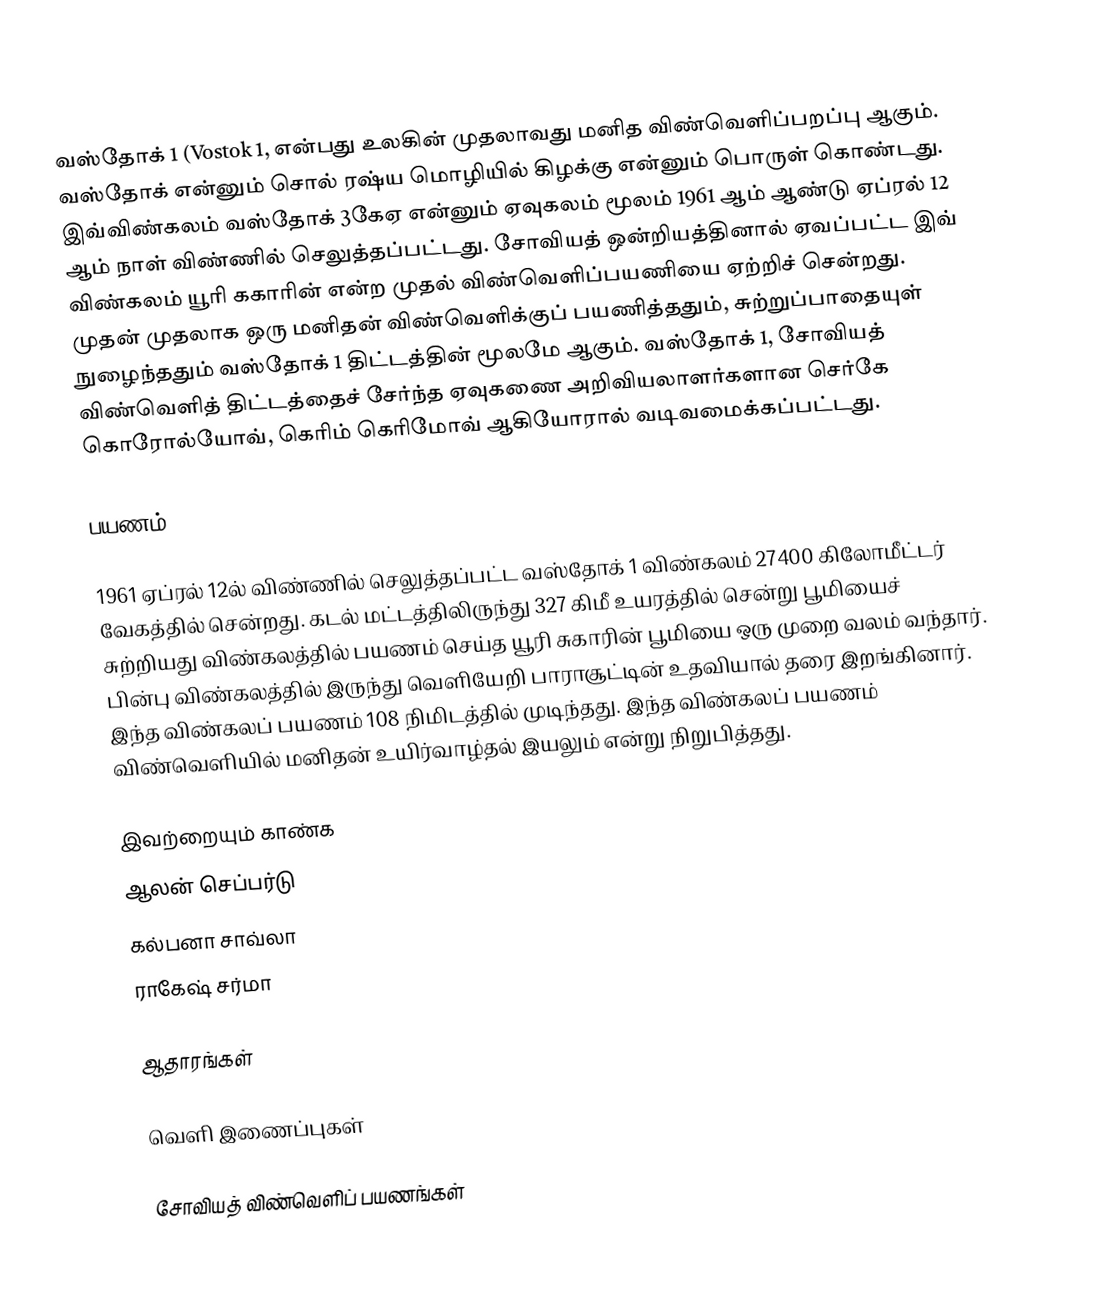
வஸ்தோக் 1 (Vostok 1,  என்பது உலகின் முதலாவது மனித விண்வெளிப்பறப்பு ஆகும். வஸ்தோக் என்னும் சொல் ரஷ்ய மொழியில் கிழக்கு என்னும் பொருள் கொண்டது. இவ்விண்கலம் வஸ்தோக் 3கேஏ என்னும் ஏவுகலம் மூலம் 1961 ஆம் ஆண்டு ஏப்ரல் 12 ஆம் நாள் விண்ணில் செலுத்தப்பட்டது. சோவியத் ஒன்றியத்தினால் ஏவப்பட்ட இவ் விண்கலம் யூரி ககாரின் என்ற முதல் விண்வெளிப்பயணியை ஏற்றிச் சென்றது. முதன் முதலாக ஒரு மனிதன் விண்வெளிக்குப் பயணித்ததும், சுற்றுப்பாதையுள் நுழைந்ததும் வஸ்தோக் 1 திட்டத்தின் மூலமே ஆகும். வஸ்தோக் 1,  சோவியத் விண்வெளித் திட்டத்தைச் சேர்ந்த ஏவுகணை அறிவியலாளர்களான செர்கே கொரோல்யோவ், கெரிம் கெரிமோவ் ஆகியோரால் வடிவமைக்கப்பட்டது.

பயணம்

1961 ஏப்ரல் 12ல் விண்ணில் செலுத்தப்பட்ட வஸ்தோக் 1 விண்கலம் 27400 கிலோமீட்டர் வேகத்தில் சென்றது. கடல் மட்டத்திலிருந்து 327 கிமீ உயரத்தில் சென்று பூமியைச் சுற்றியது விண்கலத்தில் பயணம் செய்த யூரி சுகாரின் பூமியை ஒரு முறை வலம் வந்தார். பின்பு விண்கலத்தில் இருந்து வெளியேறி பாராசூட்டின் உதவியால் தரை இறங்கினார். இந்த விண்கலப் பயணம் 108 நிமிடத்தில் முடிந்தது. இந்த விண்கலப் பயணம் விண்வெளியில் மனிதன் உயிர்வாழ்தல் இயலும் என்று நிறுபித்தது.

இவற்றையும் காண்க
 ஆலன் செப்பர்டு
 கல்பனா சாவ்லா
 ராகேஷ் சர்மா

ஆதாரங்கள்

வெளி இணைப்புகள்

சோவியத் விண்வெளிப் பயணங்கள்